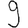
Digit: 9